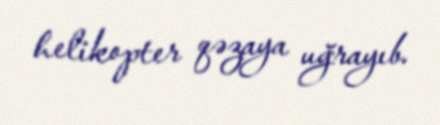
helikopter qəzaya uğrayıb.